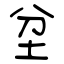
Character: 坌